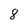
Character: 8